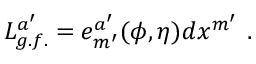
L _ { g . f . } ^ { a ^ { \prime } } = e _ { m ^ { \prime } } ^ { a ^ { \prime } } ( \phi , \eta ) d x ^ { m ^ { \prime } } \ .